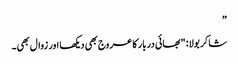
”
شاکر بولا: "بھائی دربار کا عروج بھی دیکھا اور زوال بھی۔